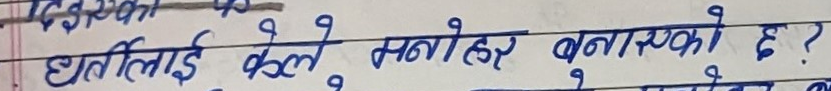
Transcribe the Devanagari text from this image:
घातलाई केले मलिलो बनाएको छ ?